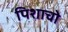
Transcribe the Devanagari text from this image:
पिशाचो